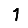
Digit: 1